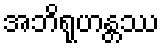
အဘိရုဟန္တဿ